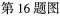
第16题图